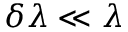
\delta \lambda \ll \lambda